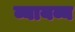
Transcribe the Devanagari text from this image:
व्यायव्य